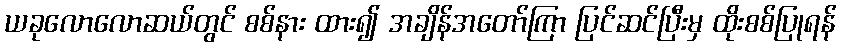
ယခုလောလောဆယ်တွင် စစ်နား ထား၍ အချိန်အတော်ကြာ ပြင်ဆင်ပြီးမှ ထိုးစစ်ပြုရန်